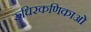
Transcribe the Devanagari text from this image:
रुधिरकणिकाओं